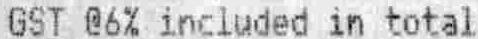
GST @6% INCLUDED IN TOTAL